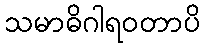
သမာဓိဂါရဝတာပိ